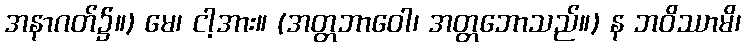
အနာဂတ်၌။) မေ၊ ငါ့အား။ (အတ္တဘာဝေါ၊ အတ္တဘောသည်။) န ဘဝိဿာမိ၊